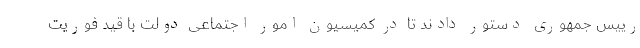
رییس جمهوری دستور دادند تا در کمیسیون امور اجتماعی دولت با قید فوریت